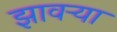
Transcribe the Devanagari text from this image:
झावर्‍या